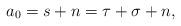
LaTeX: \begin{align*}a_0=s+n=\tau+\sigma+n,\end{align*}